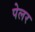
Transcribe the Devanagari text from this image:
पेलर